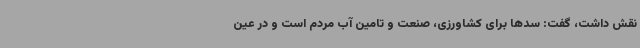
نقش داشت، گفت: سدها برای کشاورزی، صنعت و تامین آب مردم است و در عین